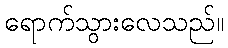
ရောက်သွားလေသည်။